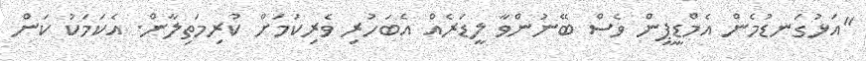
"އަޅުގަނޑުމެން އެމްޑީޕީން ވެސް ބޭނުންވާ ލީޑަރެއް އެބަހުރި ވެރިކަމަށް ކުރިމަތިލާން. އެކަމަކު ކަން